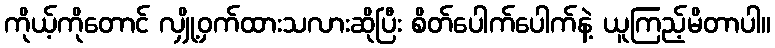
ကိုယ့်ကိုတောင် လျှို့ဝှက်ထားသလားဆိုပြီး စိတ်ပေါက်ပေါက်နဲ့ ယူကြည့်မိတာပါ။